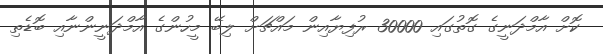
ކޮށް އާމްދަނީގެ ގޮތުގައި 30000 ރުފިޔާއިން މައްޗަށް ލިބޭ މީހުންގެ އާމްދަނީންނާއި ބޮޑެތި